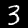
Digit: 3